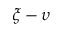
\xi - \upsilon